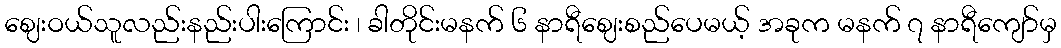
ဈေးဝယ်သူလည်းနည်းပါးကြောင်း ၊ ခါတိုင်းမနက် ၆ နာရီဈေးစည်ပေမယ့် အခုက မနက် ၇ နာရီကျော်မှ